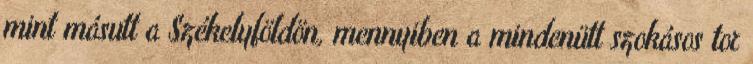
mint másutt a Székelyföldön, mennyiben a mindenütt szokásos tor